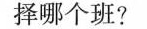
择哪个班?